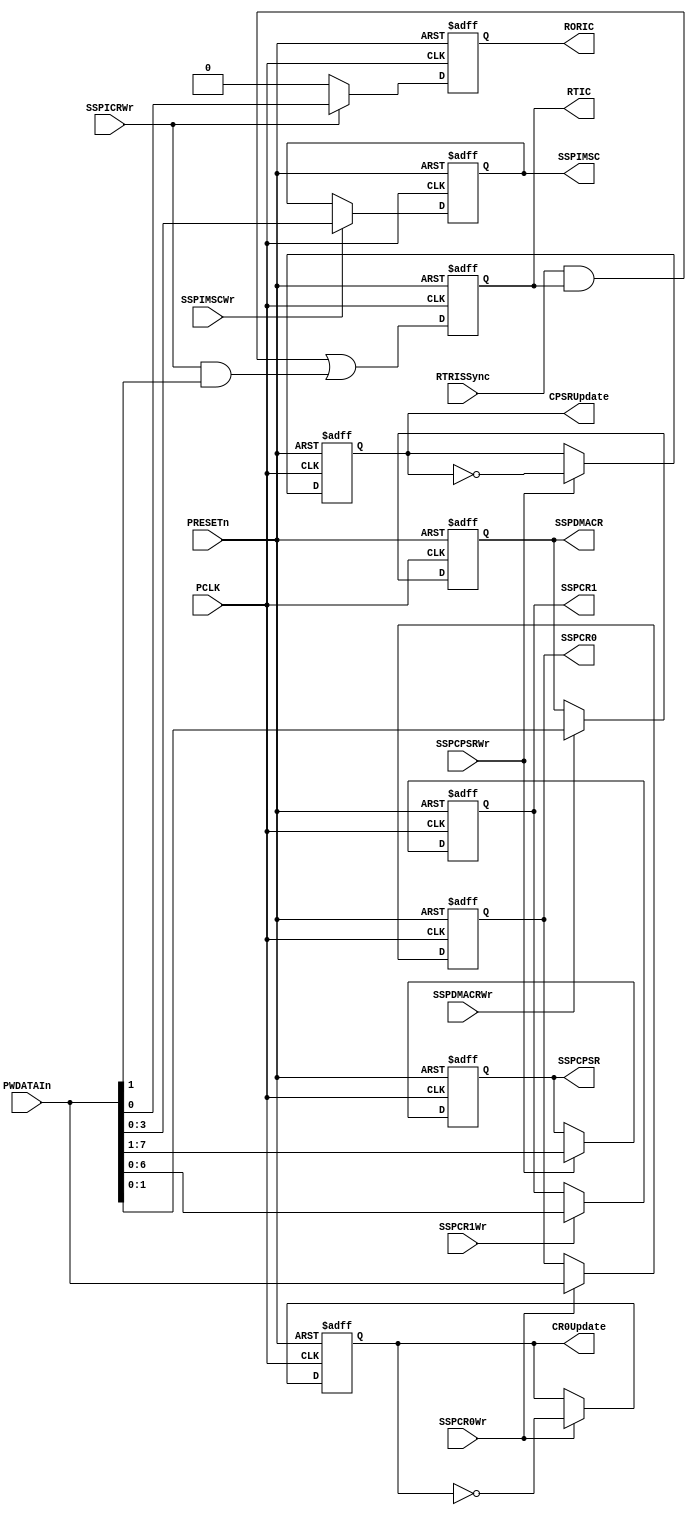
//  This confidential and proprietary software may be used only as
//  authorised by a licensing agreement from ARM Limited
//    (C) COPYRIGHT 2007-2008 ARM Limited
//        ALL RIGHTS RESERVED
//  The entire notice above must be reproduced on all authorised
//  copies and copies may only be made to the extent permitted
//  by a licensing agreement from ARM Limited.
//  ----------------------------------------------------------------------------
//  
//  Version and Release Control Information:
//  
//  File Revision          : 20351
//  
//  Release Information : Cortex-M0 DesignStart-r2p0-00rel0
//  
// -----------------------------------------------------------------------------

// -----------------------------------------------------------------------------

// Purpose      : This block contains the normal mode registers in the SSP

// --=========================================================================--

`timescale 1ns/1ps

//  ----------------------------------------------------------------------------

module SspRegCore (
// Inputs 
                   PCLK,  
                   PRESETn,
                   PWDATAIn,
                   SSPCR0Wr,  
                   SSPCR1Wr,  
                   SSPCPSRWr,
                   SSPIMSCWr,
                   SSPICRWr,
                   SSPDMACRWr,
                   RTRISSync,
// Outputs
                   SSPCR0,  
                   SSPCR1,  
                   SSPCPSR,
                   SSPIMSC,
                   SSPDMACR,
                   RTIC,
                   RORIC,
                   CR0Update,  
                   CPSRUpdate 
                  );

// Inputs
input         PCLK;       // APB bus clock
input         PRESETn;    // Muxed reset (from BPRESETn)
input  [15:0] PWDATAIn;   // Int PWDATA
input         SSPCR0Wr;   // Write enable for SSPCR0
input         SSPCR1Wr;   // Write enable for SSPCR1
input         SSPCPSRWr;  // Write enable for SSPCPSR
input         SSPIMSCWr;  // Write enable for SSPIMSC
input         SSPICRWr;   // Write enable for SSPIC
input         SSPDMACRWr; // Write enable for SSPDMACR
input         RTRISSync;  // Rx Time Out Raw Interrupt Status

//Outputs
output [15:0] SSPCR0;     // 1st buffer
output  [6:0] SSPCR1;     // SSPCR1
output  [7:1] SSPCPSR;    // 1st buffer
output  [3:0] SSPIMSC;    // SSPIMSC
output  [1:0] SSPDMACR;   // SSPDMACR
output        RTIC;       // Rx Time Out Interrupt Clear
output        RORIC;      // Rx Over Run Interrupt Clear
output        CR0Update;  // Update trigger
output        CPSRUpdate; // Update trigger
//
// -----------------------------------------------------------------------------
//
//                               SspRegCore
//                               ==========
//
// -----------------------------------------------------------------------------
//
// Overview
// ========
//
// This block contains the normal mode registers in the SSP. The writable
// registers in the normal mode are SSPCR0, SSPCR1, SSPIMSC, SSPDR, SSCPSR 
// and SSICR.
// Out of these, writes to SSPDR go to the Transmit FIFO and SSPICR is a virtual
// register. Thus, SSPDR and SSPICR have no storage elements in this block.
// The entire contents of SSPCR0 and SSPCPSR need to be synchronised to the
// SSPCLK domain. These registers contain bit fields that need to remain
// coherent during the synchronisation process. Use of double synchronisation
// does not guarantee this. Hence, a two-buffer synchronisation technique
// is used for synchronisation. The first stage required for this
// technique is implemented in this module. In the case of SSCR1, 4 bits need
// to be synchronised to the SSPCLK domain. These bits are single-bit fields
// and hence double sunchronisation is used to synchronise these bits to the
// SSPCLK domain.
// The first buffer is written to, when the write enable input for the
// corresponding register is asserted. 
// -----------------------------------------------------------------------------

// -----------------------------------------------------------------------------
// Register declarations
// -----------------------------------------------------------------------------
reg [15:0] SSPCR0;   
// SSPCR0 First stage buffer

reg [15:0] NextSSPCR0;   
// D-input of SSPCR0

reg [6:0] SSPCR1;        
// SSPCR1 Register

reg [6:0] NextSSPCR1;        
// D-input of SSPCR1

reg [7:1] SSPCPSR;   
// SSPCPSR First stage buffer

reg [7:1] NextSSPCPSR;   
// D-input of SSPCPSR

reg [3:0] SSPIMSC;
// SSPIMSC First stage buffer

reg [3:0] NextSSPIMSC;
// D-input of SSPIMSC

reg [1:0] SSPDMACR;
// SSPDMACR DMA Control Register

reg [1:0] NextSSPDMACR;
// D-input of SSPDMACR

reg       CR0Update;
// Update trigger for SSPCR0

reg       NextCR0Update;
// D-input of CR0Update

reg       CPSRUpdate;
// Update trigger for SSPCPSR

reg       NextCPSRUpdate;
// D-input of CPSRUpdate

reg RTIC;
// Recieve Time Out Interrupt Clear register

wire NextRTIC;
// D-input of Recieve Time Out Interrupt Clear register

reg RORIC;
// Recieve Over Run Interrupt Clear register

reg NextRORIC;
// D-input of Recieve Over Run  Interrupt Clear register

// -----------------------------------------------------------------------------
//
// Main body of code
// =================
//
// -----------------------------------------------------------------------------

// -----------------------------------------------------------------------------
// Clocked process for the registers in this block.
// -----------------------------------------------------------------------------
always @(posedge PCLK or negedge PRESETn)
begin : p_SeqSSE
  if (PRESETn == 1'b0) 
    begin
      SSPCR0   <= 16'h0000; 
      SSPCR1   <= 7'b0000000;
      SSPCPSR  <= 7'b0000000;
      SSPIMSC  <= 4'b0000;
      SSPDMACR <= 2'b00;
    end
  else 
    begin
      SSPCR1   <= NextSSPCR1;
      SSPCR0   <= NextSSPCR0;
      SSPCPSR  <= NextSSPCPSR;
      SSPIMSC  <= NextSSPIMSC;
      SSPDMACR <= NextSSPDMACR;
    end
end // p_SeqSSE

// -----------------------------------------------------------------------------
// Write interface for DMA Control Register
// -----------------------------------------------------------------------------

always@(SSPDMACRWr or SSPDMACR or PWDATAIn)
begin : p_SSPDMACRComb 
  if (SSPDMACRWr == 1'b1)
    NextSSPDMACR = PWDATAIn[1:0];
  else
    NextSSPDMACR = SSPDMACR;
end // p_SSPDMACRComb

// -----------------------------------------------------------------------------
// Write interface for First stage buffer
// Write into the First stage buffers from the Data bus when the corresponding 
// write enable signal is asserted. 
// -----------------------------------------------------------------------------
always @(SSPCR0 or SSPCR1 or SSPCPSR or SSPIMSC or SSPCR0Wr or SSPCR1Wr or 
         SSPCPSRWr or SSPIMSCWr or PWDATAIn)
begin : p_RegComb
  NextSSPCR0  = SSPCR0;
  NextSSPCR1  = SSPCR1;
  NextSSPCPSR = SSPCPSR;
  NextSSPIMSC = SSPIMSC;

  if (SSPCR0Wr == 1'b1) 
    NextSSPCR0 = PWDATAIn;

  if (SSPCR1Wr == 1'b1) 
    NextSSPCR1 = PWDATAIn[6:0];

  if (SSPCPSRWr == 1'b1) 
    NextSSPCPSR = PWDATAIn[7:1];

  if (SSPIMSCWr == 1'b1) 
    NextSSPIMSC = PWDATAIn[3:0];
end // p_RegComb

// -----------------------------------------------------------------------------
// The CR0Update signal toggles with every write to the SSPCR0 register
// -----------------------------------------------------------------------------
always @(CR0Update or SSPCR0Wr)
begin : p_UpdtCR0Comb 
  NextCR0Update = CR0Update;
  if (SSPCR0Wr == 1'b1)
    NextCR0Update = ~(CR0Update);
end // p_UpdtCR0Comb
 
// -----------------------------------------------------------------------------
// Sequential process for CR0Update
// -----------------------------------------------------------------------------
always @(posedge PCLK or negedge PRESETn)
begin : p_UpdtCR0Seq
  if (PRESETn == 1'b0)
    CR0Update <= 1'b0;
  else 
    CR0Update <= NextCR0Update;
end // p_UpdtCR0Seq

// -----------------------------------------------------------------------------
// The CPSRUpdate signal toggles with every write to the SSPCPSR register
// -----------------------------------------------------------------------------
always @ (CPSRUpdate or SSPCPSRWr)
begin : p_UpdtCPSRComb
  NextCPSRUpdate = CPSRUpdate;
  if (SSPCPSRWr == 1'b1)
    NextCPSRUpdate = ~(CPSRUpdate);
end // p_UpdtCPSRComb
 
// -----------------------------------------------------------------------------
// Sequential process for iCPSRUpdate
// -----------------------------------------------------------------------------
always @(posedge PCLK or negedge PRESETn)
begin : p_UpdtCPSRSeq
  if (PRESETn == 1'b0)
    CPSRUpdate <= 1'b0;
  else
    CPSRUpdate <= NextCPSRUpdate;
end // p_UpdtCPSRSeq

// ------------------------------------------------------------------
// RORIC : Receive Over Run Timeout
// ------------------------------------------------------------------

always@(SSPICRWr or RORIC or PWDATAIn) 
begin : p_RORICComb 
  NextRORIC   = RORIC;

  if(SSPICRWr == 1'b1)
    NextRORIC = PWDATAIn[0];
  else
    NextRORIC = 1'b0;
end // p_RORICComb

always@(posedge PCLK or negedge PRESETn)
  begin : p_RORICSeq 
    if (PRESETn == 1'b0)
      RORIC <= 1'b0;
    else
      RORIC <= NextRORIC;
  end // p_RORICSeq


// ---------------------------------------------------------------------
// -- RTIC : Receive Timeout
// ---------------------------------------------------------------------

assign NextRTIC = ((RTRISSync & RTIC) | (SSPICRWr & PWDATAIn[1]));

 always@(posedge PCLK or negedge PRESETn)
  begin : p_RTICSeq 
    if(PRESETn == 1'b0)
      RTIC <= 1'b0;
    else
      RTIC <= NextRTIC;
  end // p_RTICSeq
  
endmodule

// --============================ End ========================================--